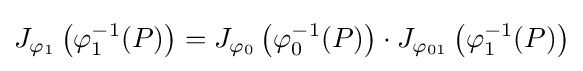
J_{\varphi _{1}}\left(\varphi _{1}^{-1}(P)\right)=J_{\varphi _{0}}\left(\varphi _{0}^{-1}(P)\right)\cdot J_{\varphi _{01}}\left(\varphi _{1}^{-1}(P)\right)